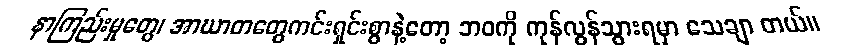
နာကြည်းမှုတွေ၊ အာဃာတတွေကင်းရှင်းစွာနဲ့တော့ ဘဝကို ကုန်လွန်သွားရမှာ သေချာ တယ်။